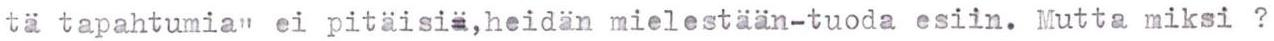
tä tapahtumia" ei pitäisi=,heidän mielestään-tuoda esiin. Mutta miksi  ?